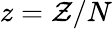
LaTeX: z=\mathcal{Z}/N